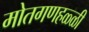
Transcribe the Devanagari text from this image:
मोतगणहळ्ळी